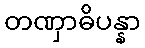
တဏှာဓိပန္နာ